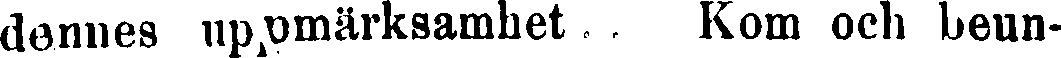
dennes uppmärksamhet . . Kom och beun-